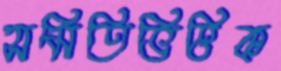
সমিতিভিত্তিক